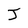
Character: J